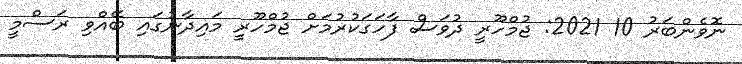
ނޮވެންބަރު 10 2021: ޖުމްހޫރީ ދުވަސް ފާހަގަކުރުމަށް ޖުމްހޫރީ މައިދާނުގައި ބޭއްވި ރަސްމީ